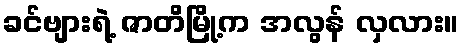
ခင်ဗျားရဲ့ ဇာတိမြို့က အလွန် လှလား။